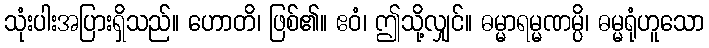
သုံးပါးအပြားရှိသည်။ ဟောတိ၊ ဖြစ်၏။ ဧဝံ၊ ဤသို့လျှင်။ ဓမ္မာရမ္မဏမ္ပိ၊ ဓမ္မရုံဟူသော